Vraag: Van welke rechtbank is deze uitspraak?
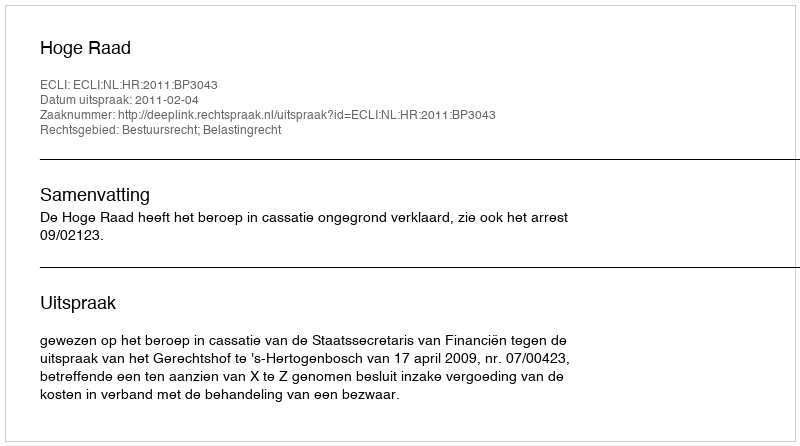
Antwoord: Hoge Raad